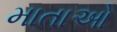
માતાઓ